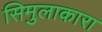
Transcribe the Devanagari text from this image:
सिमुलाकारा